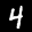
Label: 4